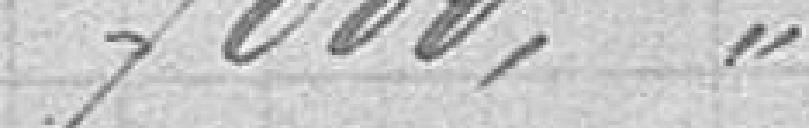
7000,